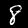
Digit: 8